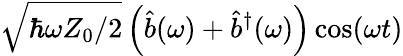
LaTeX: \sqrt{\hbar\omega Z_{0}/2}\left(\hat{b}(\omega)+\hat{b}^{\dagger}(\omega)\right)\cos(\omega t)